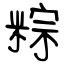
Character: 粽